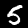
Label: 5